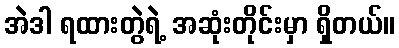
အဲဒါ ရထားတွဲရဲ့ အဆုံးတိုင်းမှာ ရှိတယ်။